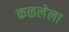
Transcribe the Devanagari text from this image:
कळलेला